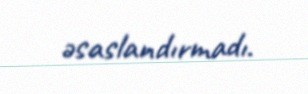
əsaslandırmadı.